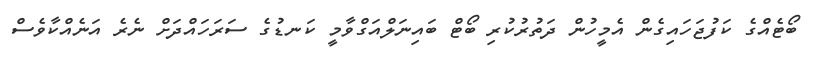
ބޯޓެއްގެ ކަފުޖަހައިގެން އެމީހުން ދަތުރުކުރި ބޯޓް ބައިނަލްއަގްވާމީ ކަނޑުގެ ސަރަހައްދަށް ނެރެ އަނެއްކާވެސް